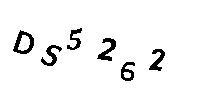
DS5262